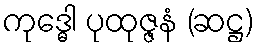
ကုဒ္ဓေါ ပုထုဇ္ဇနံ (ဆဋ္ဌ)